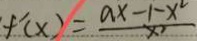
f ^ { \prime } ( x ) = \frac { a x - 1 - x ^ { 2 } } { x ^ { 2 } }